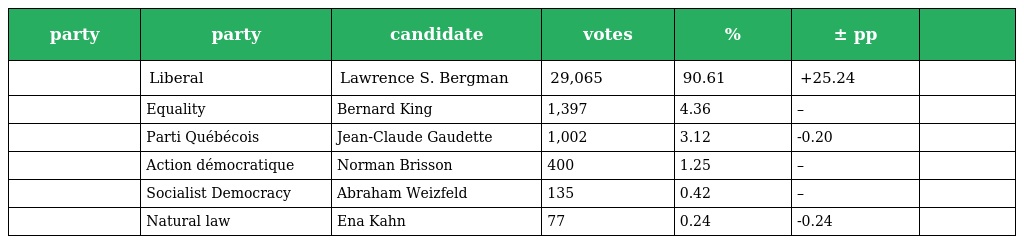
| party | party | candidate | votes | % | ± pp |  |
 | --- | --- | --- | --- | --- | --- | --- |
 |  | Liberal | Lawrence S. Bergman | 29,065 | 90.61 | +25.24 |  |
 |  | Equality | Bernard King | 1,397 | 4.36 | – |  |
 |  | Parti Québécois | Jean-Claude Gaudette | 1,002 | 3.12 | -0.20 |  |
 |  | Action démocratique | Norman Brisson | 400 | 1.25 | – |  |
 |  | Socialist Democracy | Abraham Weizfeld | 135 | 0.42 | – |  |
 |  | Natural law | Ena Kahn | 77 | 0.24 | -0.24 |  |